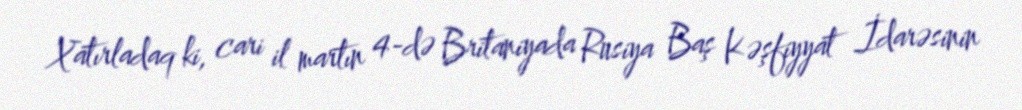
Xatırladaq ki, cari il martın 4-də Britaniyada Rusiya Baş Kəşfiyyat İdarəsinin